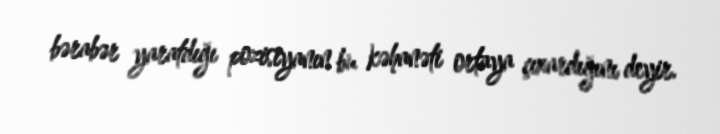
bərabər yaratdığı pozisiyanın bu kəhanəti ortaya çıxardığını deyir.